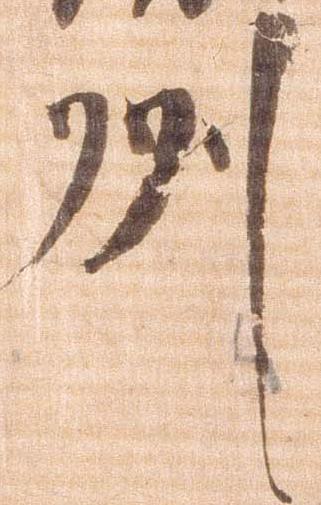
州